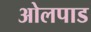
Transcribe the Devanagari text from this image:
ओलपाड